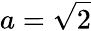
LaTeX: a={\sqrt{2}}